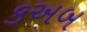
કઅબ